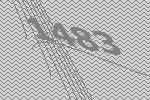
1483